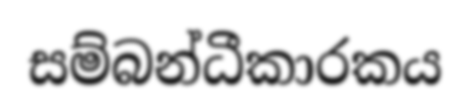
සම්බන්ධීකාරකය